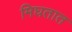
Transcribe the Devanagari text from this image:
मिघतात